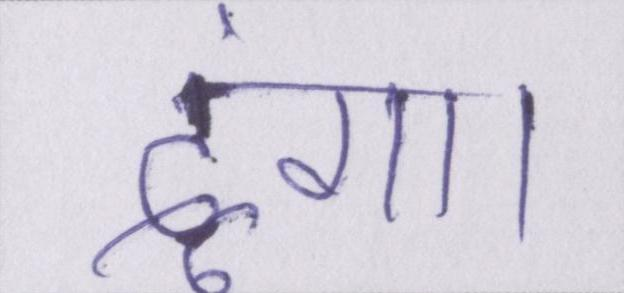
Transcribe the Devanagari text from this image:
दूंगा।